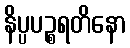
နိပ္ပပဉ္စရတိနော